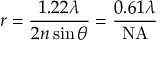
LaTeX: r = { \frac { 1 . 2 2 \lambda } { 2 n \sin { \theta } } } = { \frac { 0 . 6 1 \lambda } { \mathrm { N A } } }